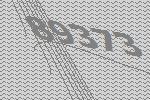
89373